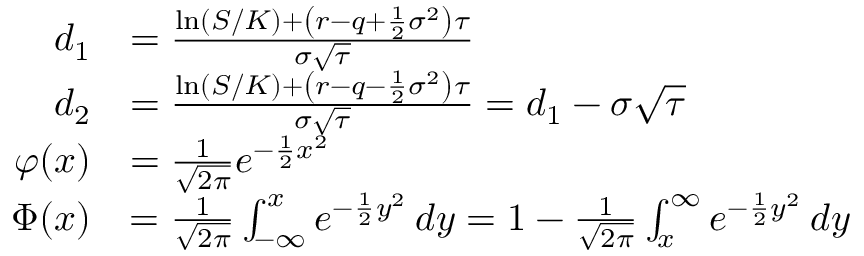
{ \begin{array} { r l } { d _ { 1 } } & { = { \frac { \ln ( S / K ) + \left( r - q + { \frac { 1 } { 2 } } \sigma ^ { 2 } \right) \tau } { \sigma { \sqrt { \tau } } } } } \\ { d _ { 2 } } & { = { \frac { \ln ( S / K ) + \left( r - q - { \frac { 1 } { 2 } } \sigma ^ { 2 } \right) \tau } { \sigma { \sqrt { \tau } } } } = d _ { 1 } - \sigma { \sqrt { \tau } } } \\ { \varphi ( x ) } & { = { \frac { 1 } { \sqrt { 2 \pi } } } e ^ { - { \frac { 1 } { 2 } } x ^ { 2 } } } \\ { \Phi ( x ) } & { = { \frac { 1 } { \sqrt { 2 \pi } } } \int _ { - \infty } ^ { x } e ^ { - { \frac { 1 } { 2 } } y ^ { 2 } } \, d y = 1 - { \frac { 1 } { \sqrt { 2 \pi } } } \int _ { x } ^ { \infty } e ^ { - { \frac { 1 } { 2 } } y ^ { 2 } } \, d y } \end{array} }